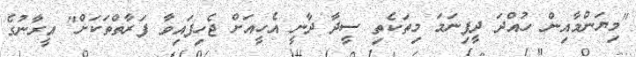
"މިޔަންމާއިން ހުއްދަ ދީފިނަމަ މިތަކެތި ސީދާ ދާނީ އެހީއަށް ޖެހިފައިވާ ފަރާތްތަކަށް" އީރާނުގެ